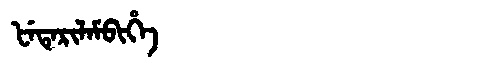
Manchu: ᡶᡝᡨᡝᡵᡳᠯᠠᠮᠪᡳᡥᡝ
Romanization: FETERILAMBIHE